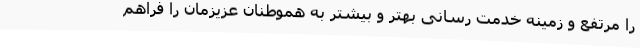
را مرتفع و زمینه خدمت رسانی بهتر و بیشتر به هموطنان عزیزمان را فراهم